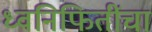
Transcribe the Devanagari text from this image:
ध्वनिफितींचा